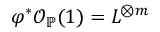
\varphi ^ { * } { \mathcal { O } } _ { \mathbb { P } } ( 1 ) = L ^ { \otimes m }